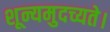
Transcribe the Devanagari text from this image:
शून्यमुदच्यते।